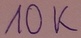
Text: 100K